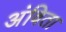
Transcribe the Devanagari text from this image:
अंविता